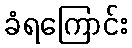
ခံရကြောင်း